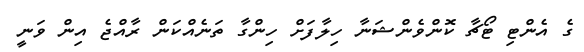
ގެ އެންޓި ޓޯޗާ ކޮންވެންޝަނާ ހިލާފަށް ހިންގާ ތަނެއްކަން ރާއްޖެ އިން ވަނީ